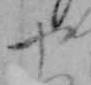
や